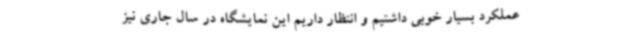
عملکرد بسیار خوبی داشتیم و انتظار داریم این نمایشگاه در سال جاری نیز